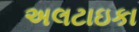
અલટાઇકા